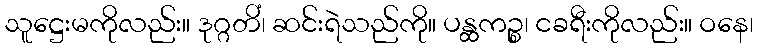
သူဋ္ဌေးမကိုလည်း။ ဒုဂ္ဂတိံ၊ ဆင်းရဲသည်ကို။ ပန္ထကဉ္စ၊ ငခရီးကိုလည်း။ ဝနေ၊